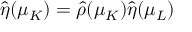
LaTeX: \hat { \eta } ( \mu _ { K } ) = \hat { \rho } ( \mu _ { K } ) \hat { \eta } ( \mu _ { L } )